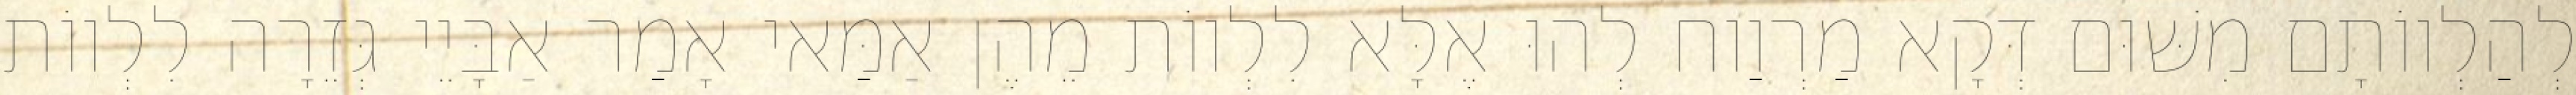
לְהַלְווֹתָם מִשּׁוּם דְּקָא מַרְוַוח לְהוּ אֶלָּא לִלְווֹת מֵהֶן אַמַּאי אָמַר אַבָּיֵי גְּזֵרָה לִלְווֹת